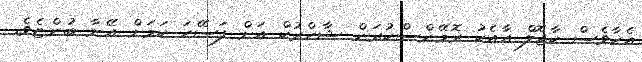
އެހާވެސް ކާޖޮލް އާއެކު ރޮމޭންސްކުރަން ޝާހްރުކް އަށް ފަސޭހަ ކަމަށް އޭނާ ބުންޏެވެ.